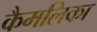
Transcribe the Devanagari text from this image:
कैमलिका